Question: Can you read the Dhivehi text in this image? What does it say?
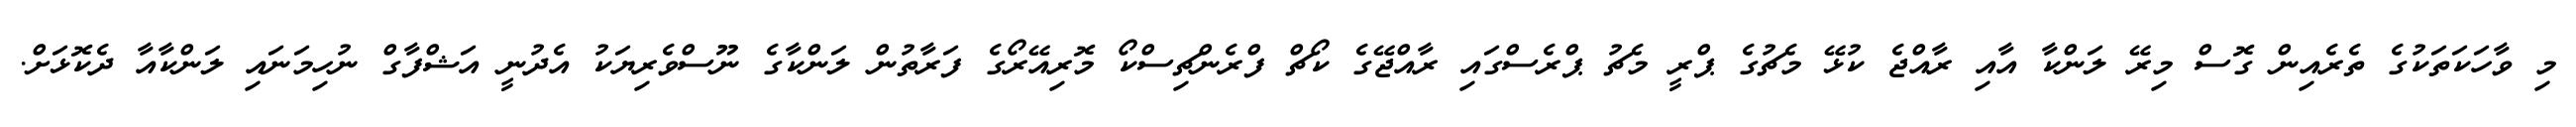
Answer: މި ވާހަކަތަކުގެ ތެރެއިން ގޮސް މިރޭ ލަންކާ އާއި ރާއްޖެ ކުޅޭ މެޗުގެ ޕްރީ މެޗު ޕްރެސްގައި ރާއްޖޭގެ ކޯޗް ފްރެންޗިސްކޯ މޮރިއޭރޯގެ ފަރާތުން ލަންކާގެ ނޫސްވެރިޔަކު އެދުނީ އަޝްފާގް ނުހިމަނައި ލަންކާއާ ދެކޮޅަށް.